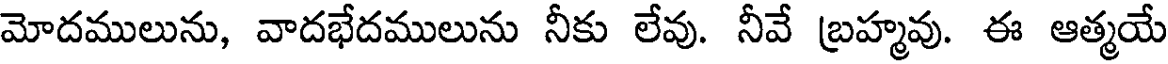
మోదములును, వాదభేదములును నీకు లేవు. నీవే బ్రహ్మవు. ఈ ఆత్మయే